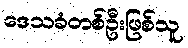
ဒေသခံတစ်ဦးဖြစ်သူ